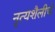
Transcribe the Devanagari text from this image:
नृत्यशैलीचे